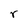
Character: r